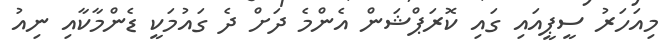
މިއަހަރު ސީޕީއައި ގައި ކޮރަޕްޝަން އެންމެ ދަށް ދެ ގައުމަކީ ޑެންމާކާއި ނިއު